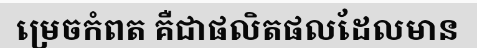
ម្រេចកំពត គឺជាផលិតផលដែលមាន